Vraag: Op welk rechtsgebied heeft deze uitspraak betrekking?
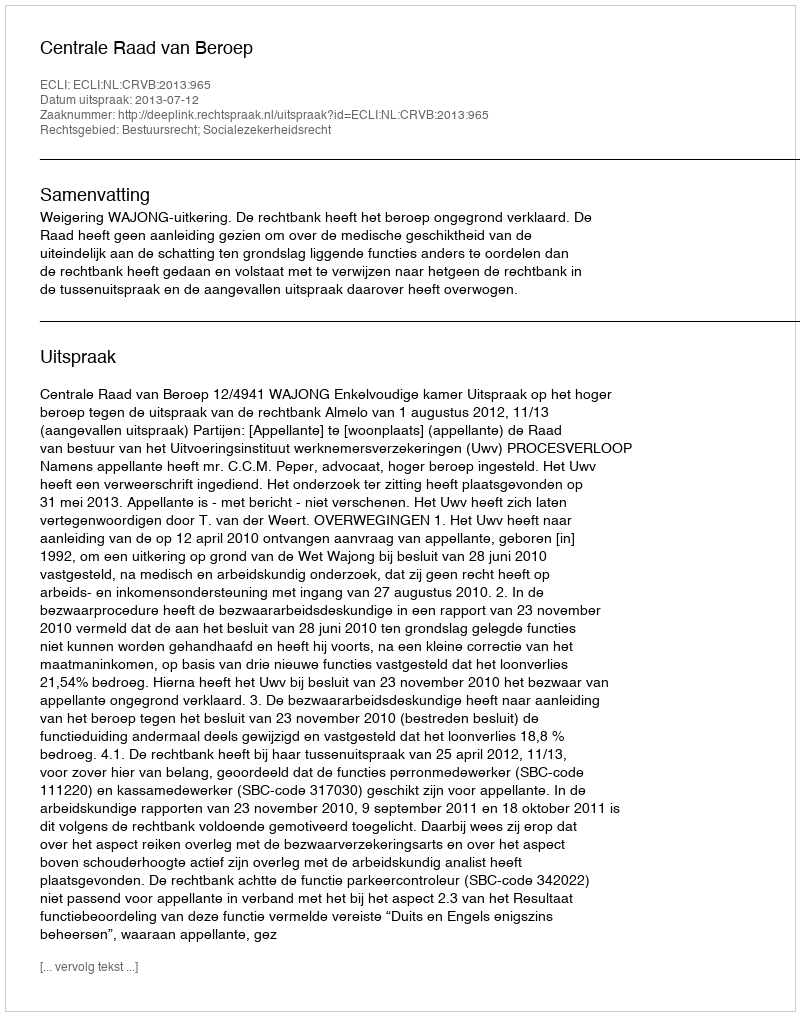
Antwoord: Bestuursrecht; Socialezekerheidsrecht